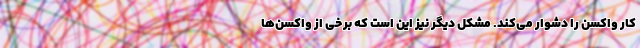
کار واکسن را دشوار می‌کند. مشکل دیگر نیز این است که برخی از واکسن‌ها